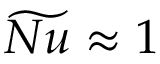
\widetilde { N u } \approx 1